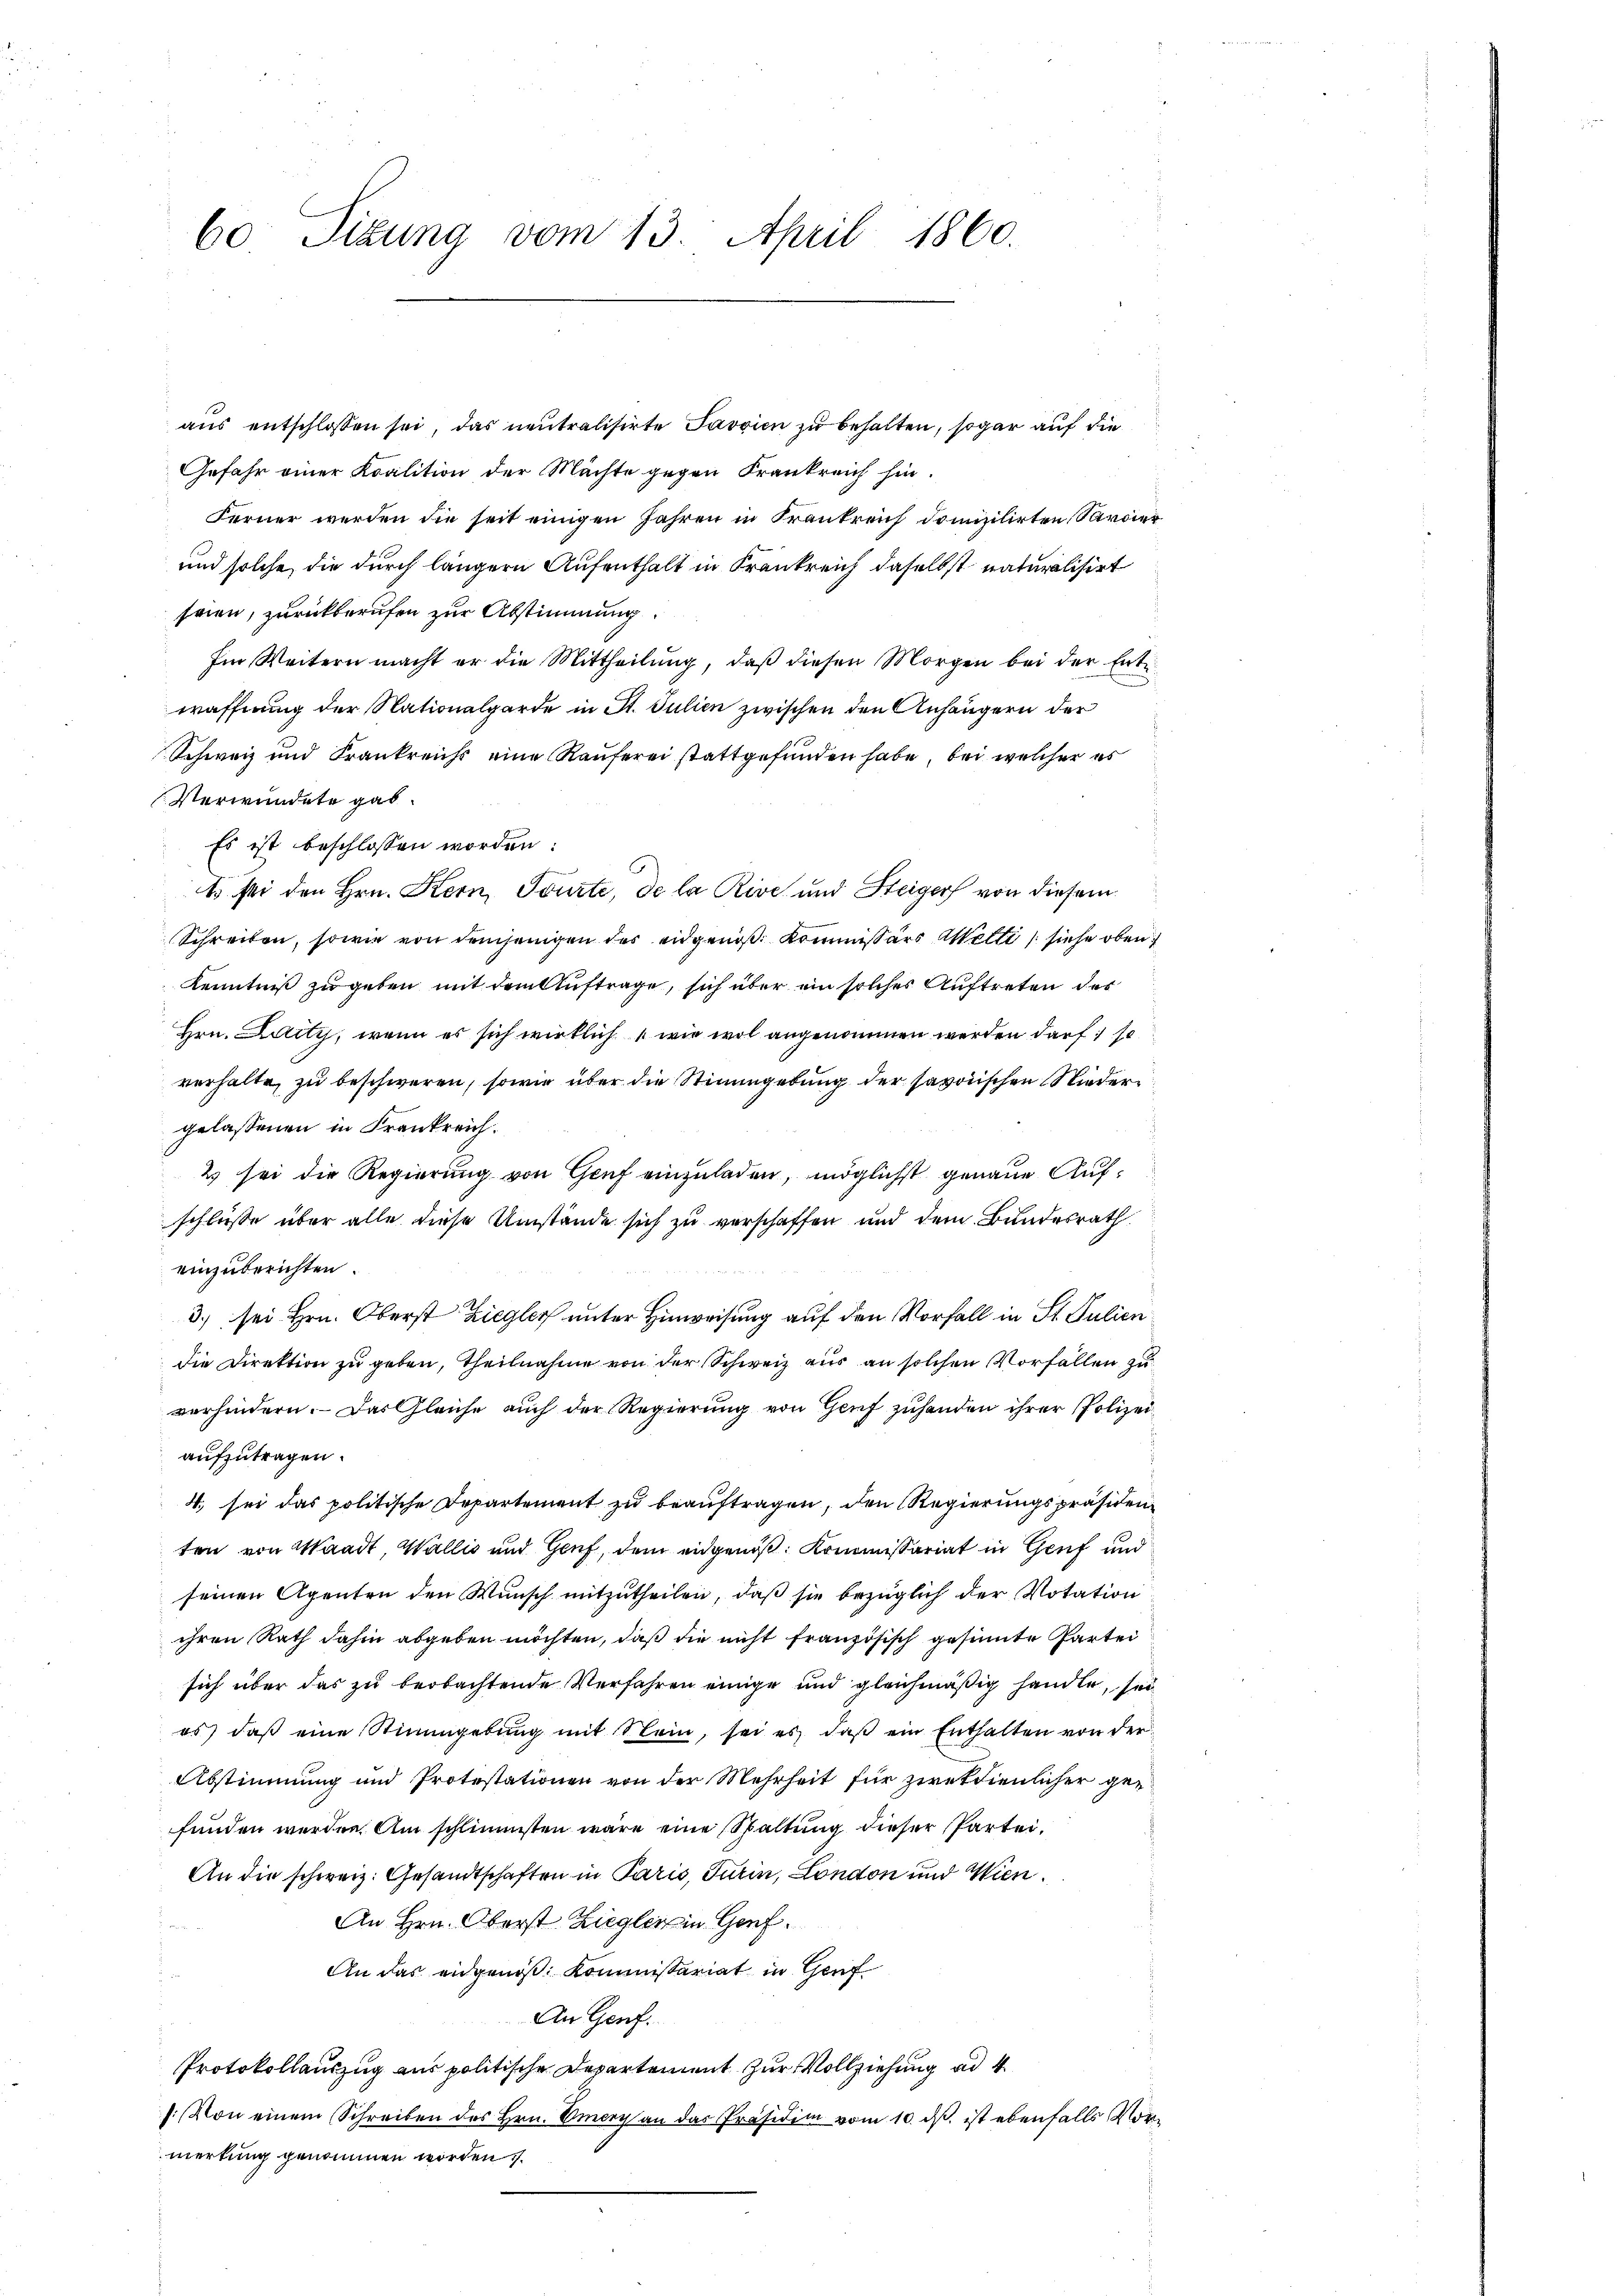
aus entschlossen sei, das neutralisirte Savvien zu behalten, sogar auf die
Gefahr einer Koalition der Mächte gegen Frankreich hin¬
Ferner werden die seit einigen Jahren in Frankreich domizilirten Savoier
und solche die durch längern Aufenthalt in Krankreich daselbst naturalisirt
seien, zurückberufen zur Abstimmung.
Im Weitern macht er die Mittheilŭng, daβ diesen Morgen bei der Ent
waffnung der Nationalgarde in St. Julien zwischen den Anhängern der
Schweiz und Frankreichs eine Räuferei stattgefunden habe, bei welcher es
Verwundete gab.
Es ist beschlossen worden:
1 sei den Hrn. Kern, Tourte, de la Rive und Steiger von diesem
Schreiben, sowie von demjenigen des eidgenoß, Kommissärs Wetti (siehe oben
Kenntniß zu geben mit dem Auftrage, sich über ein solches Auftreten der
Hrn. Katty, wenn es sich wirklich wie wol angenommen werden darf so
verhalte, zu beschweren, sowie über die Stimmgebung der savorischen Niedergelassenen in Frankreich.
2 sei die Regierung von Genf einzuladen, möglichst genaue Aufschlüsse über alle diese Umstände sich zu verschaffen und dem Bundesrath
einzuberichten.
3.) sei Hrn. Oberst Ziegler unter Hinweisung auf den Vorfall in St. Julien
die Direktion zu geben, theilnahme von der Schweiz aus an solchen Vorfällen zu
verhindern. Das Gleiche auch der Regierung von Genf zuhanden ihrer Polizei
aufzutragen.
4. sei das politische Departement zu beaŭftragen, den Regierungspräsiden
ten von Waadt, Wallis und Genf, dem eidgenoß: Kommissariat in Genf und
seinen Agenten den Wunsch mitzutheilen, daß sie bezüglich der Votation
ihren Rath dahin abgeben möchten, daß die nicht französisch gesinnte Partei
sich über das zu beobachtende Verfahren einige und gleichmäßig handle, sei
es, daß eine Stimmgebung mit Nein, sei es, daß ein Enthalten von der
Abstimmung und Protestationen von der Mehrheit für zweckdienlicher gefunden werden. Am schlimmsten wäre eine Spaltung dieser Partei¬
An die schweiz. Gesandtschaften in Paris, Turin, London und Wien.
An Hrn. Oberst Ziegler in Genf.

An das eidgenoß: Kommissariat in Genf
An Genf.
Protokollauszug aus politische Departement zur Vollziehung ad 4.
s: Von einem Schreiben des Hrn. Viery an das Präsidii vom 10. dβ ist ebenfalls Vormerkung genommen worden.

60 Sizung vom 13. April 1860.